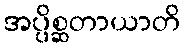
အပ္ပိစ္ဆတာယာတိ